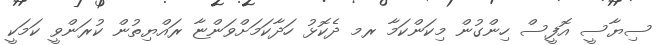
ސިޔާސީ އޮފީސް ހިންގުން މިކަންކަމާ ރމ ދެކޮޅު ހަދާކަމަށްވަންޏާ ރައްޔިތުން ކުރަންވީ ކަމަކީ